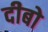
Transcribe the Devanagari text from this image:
दीबो